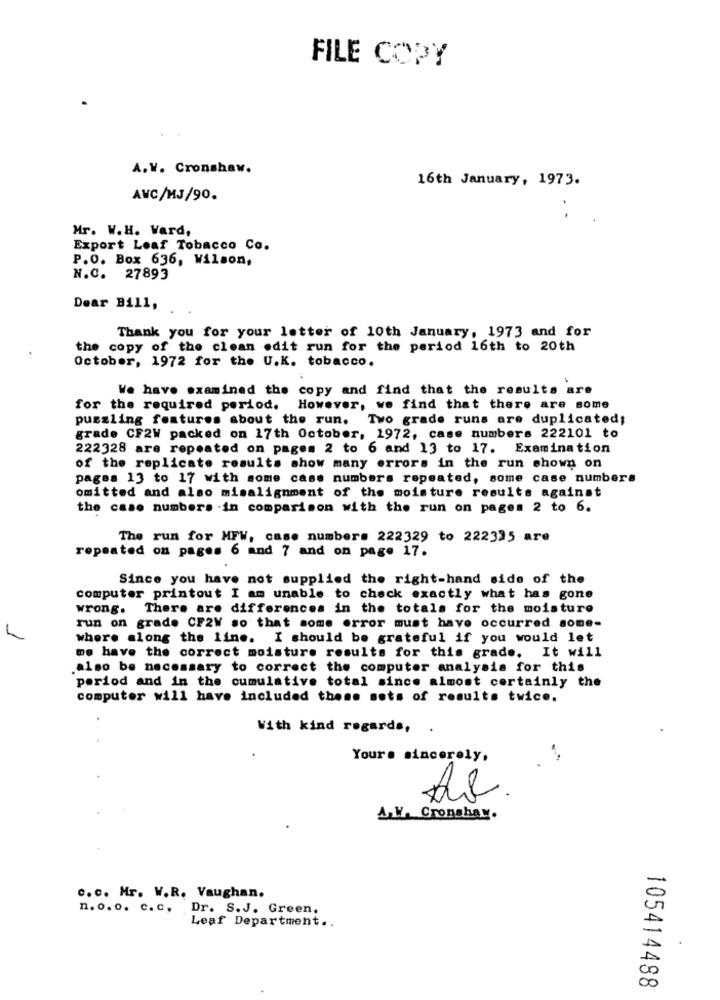
FILE COPY
A.W. Cronshaw.
16th January, 1973.
AWC/MJ/90.
Mr. W.H. Vard,
Export Leaf Tobacco Co.
P.O. Box 636, Wilson,
N.C. 27893
Dear Bill,
Thank you for your letter of 10th January, 1973 and for
the copy of the clean edit run for the period 16th to 20th
October, 1972 for the U.K. tobacco.
We have examined the copy and find that the results are
for the required period. However, we find that there are some
puzzling features about the run. Two grade runs are duplicated;
grade CF2W packed on 17th October, 1972, case numbers 222101 to
222328 are repeated on pages 2 to 6 and 13 to 17. Examination
of the replicate results show many errors in the run shown on
pages 13 to 17 with some cass numbers repeated, some case numbers
omitted and also misalignment of the moisture results against
the case numbers .in comparison with the run on pages 2 to 6.
The run for MFW, case numbers 222329 to 222325 are
repeated on pages 6 and 7 and on page 17.
Since you have not supplied the right-hand side of the
computer printout I am unable to check exactly what has gone
wrong. There are differences in the totals for the moisture
run on grade CF2W so that some error must have occurred some-
where along the line. I should be grateful if you would let
me have the correct moisture results for this grade. It will
.also be necessary to correct the computer analysis for this
period and in the cumulative total since almost certainly the
computer will have included theme sets of results twice.
With kind regards,
.
Yours sincerely,
. 1
AV. Cronshar.
-
c.c. Mr. W.R. Vaughan.
n. o. o. c. c.
Dr. S.J. Green.
Leaf Department ..
00
105414488